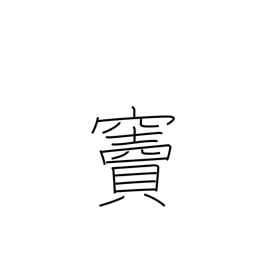
Meaning: doorway